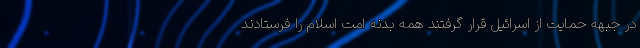
در جبهه حمایت از اسرائیل قرار گرفتند همه بدنه امت اسلام را فرستادند